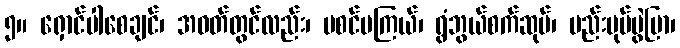
၅။ ရှောင်ပါစေချင်၊ အဝတ်တွင်လည်း၊ မစင်မကြယ်၊ ရွံဘွယ်စက်ဆုပ်၊ မည်းပုပ်မွဲပြာ၊